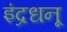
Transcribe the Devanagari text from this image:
इंद्रधनू